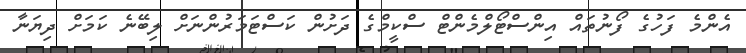
އެންމެ ފަހުގެ ފޯނުތައް އިންސްޓޯލްމެންޓް ސްކީމްގެ ދަށުން ކަސްޓަމަރުންނަށް ލިބޭނެ ކަމަށް ދިޔަނާ